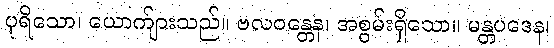
ပုရိသော၊ ယောက်ျားသည်။ ဗလဝန္တေန၊ အစွမ်းရှိသော။ မန္တပဒေန၊